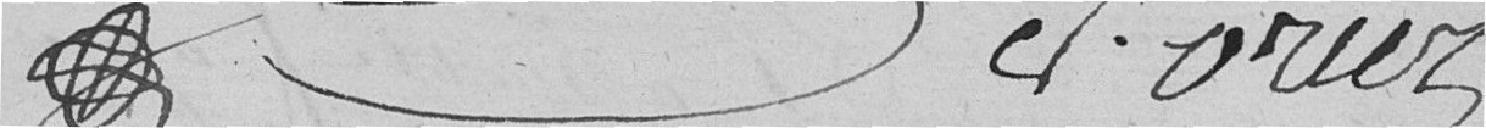
??        C. ORIEZ